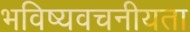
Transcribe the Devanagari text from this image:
भविष्‍यवचनीयता